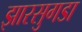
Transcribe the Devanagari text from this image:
झारसुगडा